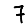
Digit: 7